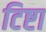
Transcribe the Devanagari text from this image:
टिष्टा